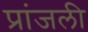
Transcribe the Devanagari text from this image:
प्रांजली